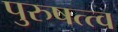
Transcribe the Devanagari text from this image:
पुरुषत्त्व